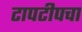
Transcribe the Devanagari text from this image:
टापटीपचा